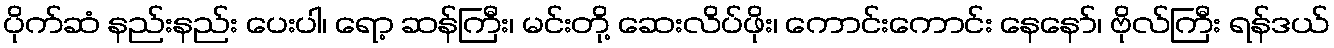
ပိုက်ဆံ နည်းနည်း ပေးပါ၊ ရော့ ဆန်ကြီး၊ မင်းတို့ ဆေးလိပ်ဖိုး၊ ကောင်းကောင်း နေနော်၊ ဗိုလ်ကြီး ရန်ဒယ်